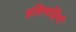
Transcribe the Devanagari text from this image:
प्रतिस्पर्द्धियों